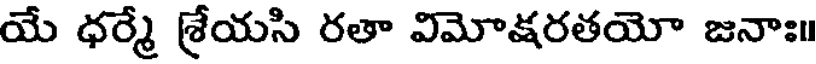
యే ధర్మే శ్రేయసి రతా విమోక్షరతయో జనాః॥